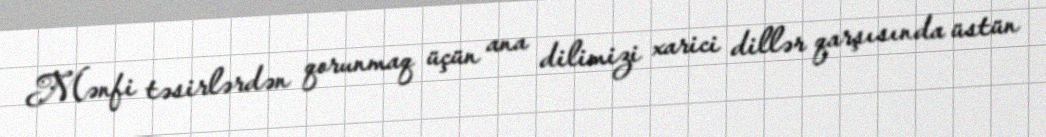
Mənfi təsirlərdən qorunmaq üçün ana dilimizi xarici dillər qarşısında üstün